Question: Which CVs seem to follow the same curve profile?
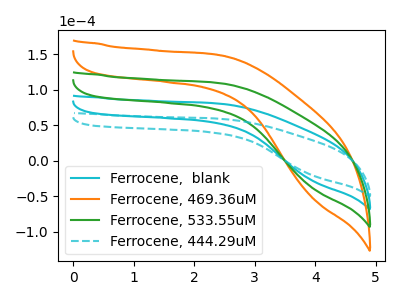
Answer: <think>The cyan curve "Ferrocene,  blank" has no peaks. The orange curve "Ferrocene, 469.36uM" has no peaks. The green curve "Ferrocene, 533.55uM" has no peaks. The cyan dashed curve "Ferrocene, 444.29uM" has no peaks.
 Neither "Ferrocene,  blank" or "Ferrocene, 469.36uM" have any peaks. Neither "Ferrocene,  blank" or "Ferrocene, 533.55uM" have any peaks. Neither "Ferrocene,  blank" or "Ferrocene, 444.29uM" have any peaks. Neither "Ferrocene, 469.36uM" or "Ferrocene, 533.55uM" have any peaks. Neither "Ferrocene, 469.36uM" or "Ferrocene, 444.29uM" have any peaks. Neither "Ferrocene, 533.55uM" or "Ferrocene, 444.29uM" have any peaks.</think>
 <answer>"Ferrocene, 444.29uM", "Ferrocene,  blank", "Ferrocene, 469.36uM" and "Ferrocene, 533.55uM" have the same shape and are likely CV's of the same chemical.</answer>
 <eval>"Ferrocene, 444.29uM" "Ferrocene,  blank" "Ferrocene, 469.36uM" "Ferrocene, 533.55uM"</eval>